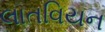
લાતવિયન